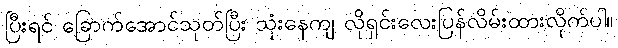
ပြီးရင် ခြောက်အောင်သုတ်ပြီး သုံးနေကျ လိုရှင်းလေးပြန်လိမ်းထားလိုက်ပါ။